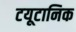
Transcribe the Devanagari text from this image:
टयूटानिक